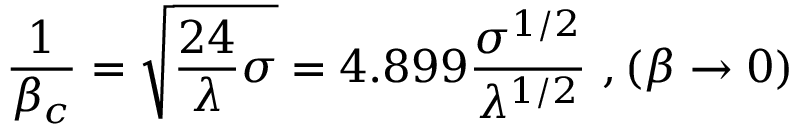
\frac { 1 } { \beta _ { c } } = \sqrt { \frac { 2 4 } { \lambda } \sigma } = 4 . 8 9 9 \frac { \sigma ^ { 1 / 2 } } { \lambda ^ { 1 / 2 } } ~ , ( \beta \to 0 )